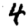
Digit: 4